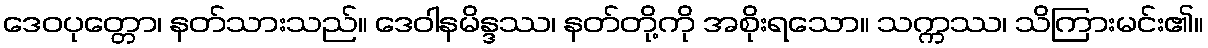
ဒေဝပုတ္တော၊ နတ်သားသည်။ ဒေဝါနမိန္ဒဿ၊ နတ်တို့ကို အစိုးရသော။ သက္ကဿ၊ သိကြားမင်း၏။